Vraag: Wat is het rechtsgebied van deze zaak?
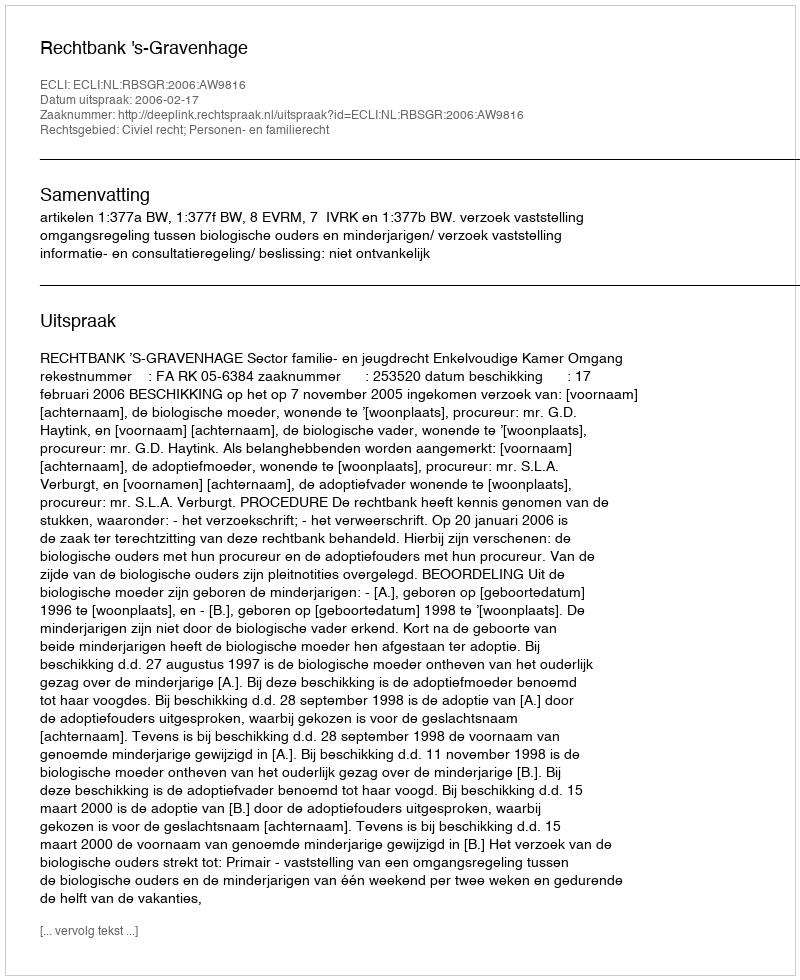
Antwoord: Civiel recht; Personen- en familierecht